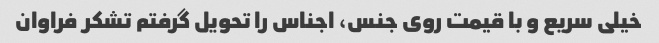
خیلی سریع و با قیمت روی جنس، اجناس را تحویل گرفتم تشکر فراوان